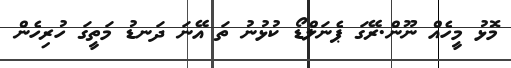
މޮޅު މީހެއް ނޫން.ރޭގަ ޕެނަލްޑޯ ކުޅުނު ތަ އޭނަ ދަނޑު މަތީގަ ހުރިހެން